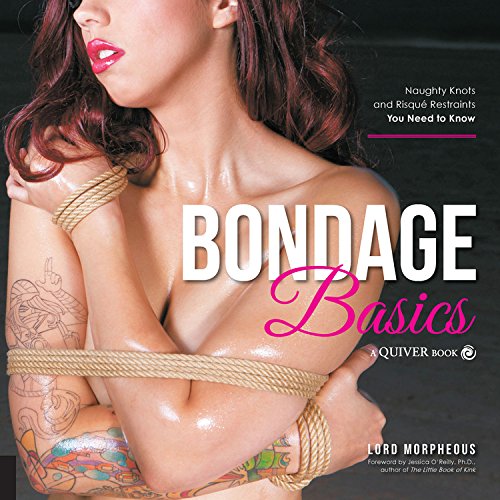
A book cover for Bondage Basics: Naughty Knots and Risque Restraints You Need to Know; Lord Morpheous; Self-Help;